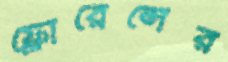
ফ্লোরেন্সের